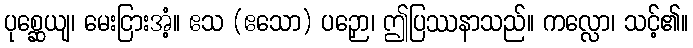
ပုစ္ဆေယျ၊ မေးငြားအံ့။ ဧသ (ဧသော) ပဉှော၊ ဤပြဿနာသည်။ ကလ္လော၊ သင့်၏။